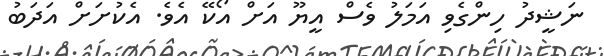
ނަޝީދު ހިންގެވި އަމަލު ވެސް އީޔޫ އަށް އޯކޭ އެވެ. އެކުށަށް އަދަބު